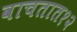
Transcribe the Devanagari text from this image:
वाचतात१२